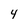
Character: 4